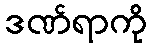
ဒဏ်ရာကို